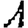
Digit: 1